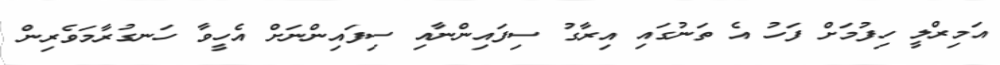
އަމިރްލީ ހިފުމަށް ފަހު އެ ތަނުގައި އިރާގު ސިފައިންނާއި ސިފައިންނަށް އެހީވާ ހަނގުރާމަވެރިން